Report of the Imperial Institute of Veterinary Research, Muktesar
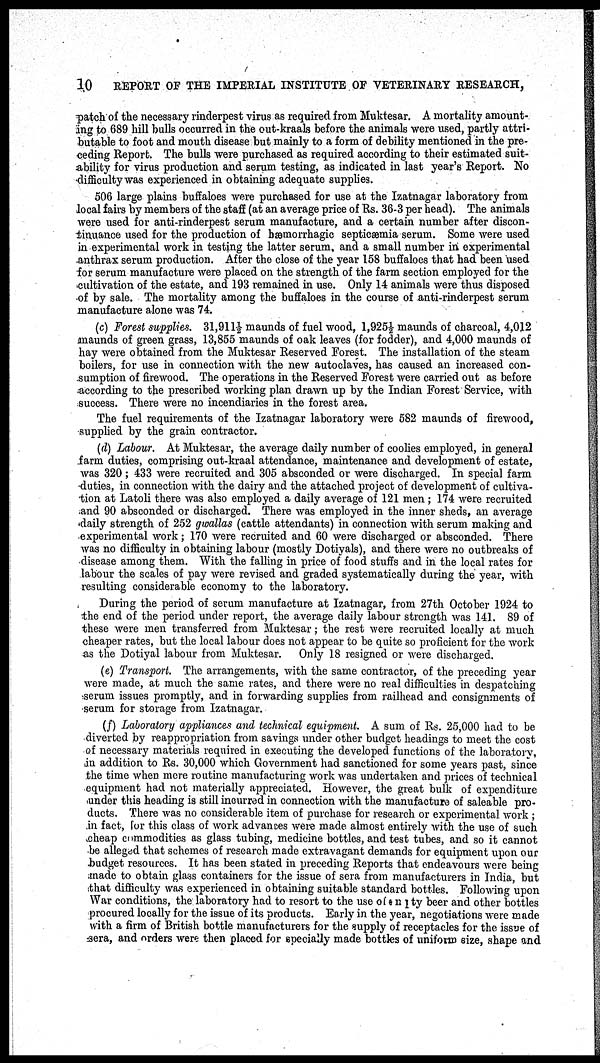
10
REPORT OF THE IMPERIAL INSTITUTE OF VETERINARY RESEARCH,
patch of the necessary rinderpest virus as required from Muktesar. A mortality amount-
ing to 689 hill bulls occurred in the out-kraals before the animals were used, partly attri-
butable to foot and mouth disease but mainly to a form of debility mentioned in the pre-
ceding Report. The bulls were purchased as required according to their estimated suit-
ability for virus production and serum testing, as indicated in last year's Report. No
difficulty was experienced in obtaining adequate supplies.
506 large plains buffaloes were purchased for use at the Izatnagar laboratory from
local fairs by members of the staff (at an average price of Rs. 36-3 per head). The animals
were used for anti-rinderpest serum manufacture, and a certain number after discon-
tinuance used for the production of hæmorrhagic septicæmia serum. Some were used
in experimental work in testing the latter serum, and a small number in experimental
anthrax serum production. After the close of the year 158 buffaloes that had been used
for serum manufacture were placed on the strength of the farm section employed for the
cultivation of the estate, and 193 remained in use. Only 14 animals were thus disposed
of by sale. The mortality among the buffaloes in the course of anti-rinderpest serum
manufacture alone was 74.
(c) Forest supplies. 31,911½ maunds of fuel wood, 1,925½ maunds of charcoal, 4,012
maunds of green grass, 13,855 maunds of oak leaves (for fodder), and 4,000 maunds of
hay were obtained from the Muktesar Reserved Forest. The installation of the steam
boilers, for use in connection with the new autoclaves, has caused an increased con-
sumption of firewood. The operations in the Reserved Forest were carried out as before
according to the prescribed working plan drawn up by the Indian Forest Service, with
success. There were no incendiaries in the forest area.
The fuel requirements of the Izatnagar laboratory were 582 maunds of firewood,
supplied by the grain contractor.
(d) Labour. At Muktesar, the average daily number of coolies employed, in general
farm duties, comprising out-kraal attendance, maintenance and development of estate,
was 320 ; 433 were recruited and 305 absconded or were discharged. In special farm
duties, in connection with the dairy and the attached project of development of cultiva-
tion at Latoli there was also employed a daily average of 121 men ; 174 were recruited
and 90 absconded or discharged. There was employed in the inner sheds, an average
daily strength of 252 gwallas (cattle attendants) in connection with serum making and
experimental work ; 170 were recruited and 60 were discharged or absconded. There
was no difficulty in obtaining labour (mostly Dotiyals), and there were no outbreaks of
disease among them. With the falling in price of food stuffs and in the local rates for
labour the scales of pay were revised and graded systematically during the year, with
resulting considerable economy to the laboratory.
During the period of serum manufacture at Izatnagar, from 27th October 1924 to
the end of the period under report, the average daily labour strength was 141. 89 of
these were men transferred from Muktesar ; the rest were recruited locally at much
cheaper rates, but the local labour does not appear to be quite so proficient for the work
as the Dotiyal labour from Muktesar. Only 18 resigned or were discharged.
(e) Transport. The arrangements, with the same contractor, of the preceding year
were made, at much the same rates, and there were no real difficulties in despatching
serum issues promptly, and in forwarding supplies from railhead and consignments of
serum for storage from Izatnagar.
(f) Laboratory appliances and technical equipment. A sum of Rs. 25,000 had to be
diverted by reappropriation from savings under other budget headings to meet the cost
of necessary materials required in executing the developed functions of the laboratory,
in addition to Rs. 30,000 which Government had sanctioned for some years past, since
the time when mere routine manufacturing work was undertaken and prices of technical
equipment had not materially appreciated. However, the great bulk of expenditure
under this heading is still incurred in connection with the manufacture of saleable pro-
ducts. There was no considerable item of purchase for research or experimental work ;
in fact, for this class of work advances were made almost entirely with the use of such
cheap commodities as glass tubing, medicine bottles, and test tubes, and so it cannot
be alleged that schemes of research made extravagant demands for equipment upon our
budget resources. It has been stated in preceding Reports that endeavours were being
made to obtain glass containers for the issue of sera from manufacturers in India, but
that difficulty was experienced in obtaining suitable standard bottles. Following upon
War conditions, the laboratory had to resort to the use of empty beer and other bottles
procured locally for the issue of its products. Early in the year, negotiations were made
with a firm of British bottle manufacturers for the supply of receptacles for the issue of
sera, and orders were then placed for specially made bottles of uniform size, shape and